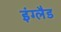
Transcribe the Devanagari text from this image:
इंग्लैड